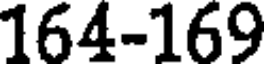
164-169